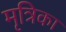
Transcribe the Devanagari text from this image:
मृत्रिका